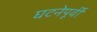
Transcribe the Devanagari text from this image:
घटनेपूर्वी